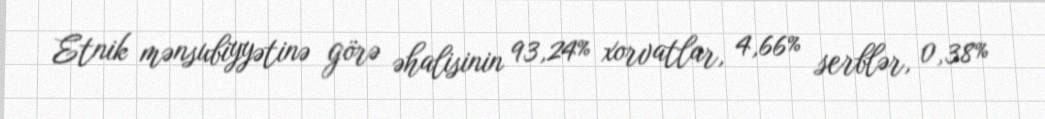
Etnik mənsubiyyətinə görə əhalisinin 93,24% xorvatlar, 4,66% serblər, 0,38%